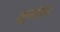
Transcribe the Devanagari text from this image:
शूलोत्था